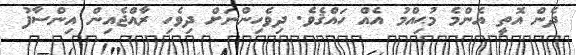
ދެން އޮތީ އެންމެ މުޙިއްމު އެއް ހައްޤެވެ. ދިވެހިންނަށް ދިވެހި ރާއްޖެއިން އިންސާފު